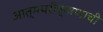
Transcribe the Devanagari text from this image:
आत्मपरीक्षणाची